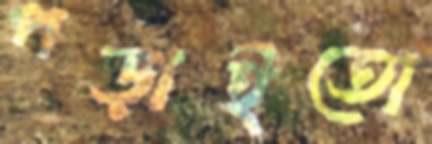
পড়াইতো